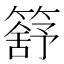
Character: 𥳕